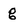
Character: g